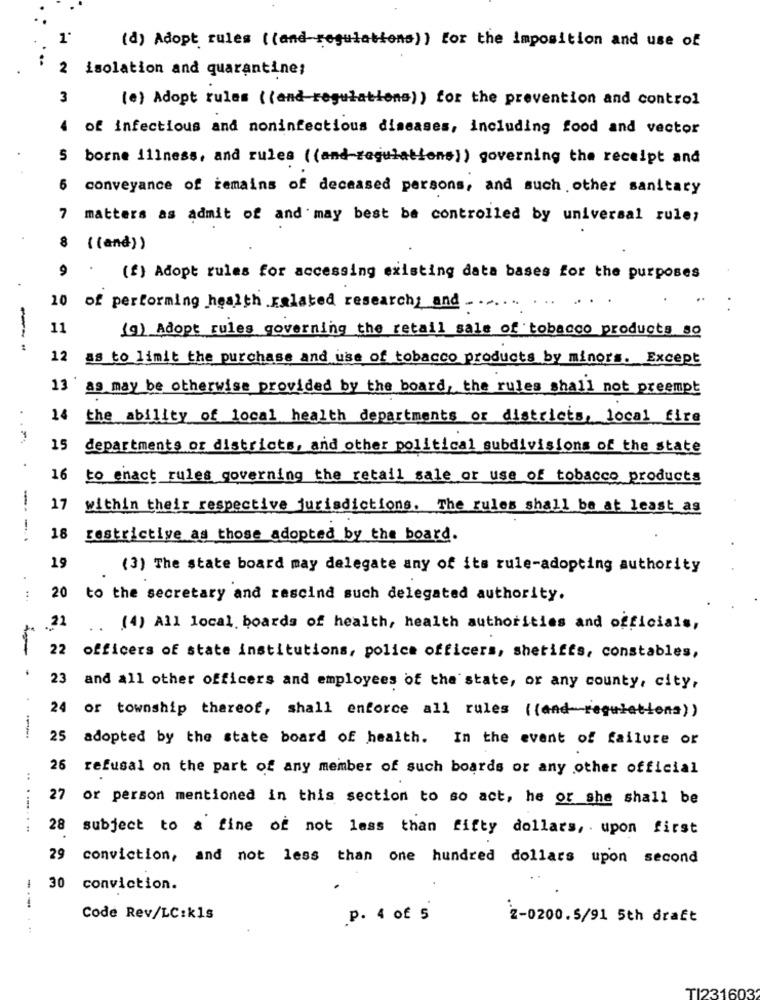
1'
(d) Adopt rules ((and-regulations)) for the imposition and use of
2
isolation and quarantine;
3
(e) Adopt rules ((and regulations)) for the prevention and control
of infectious and noninfectious diseases, including food and vector
5 borne illness, and rules ( (and regulations) ) governing the receipt and
6
conveyance of remains of deceased persons, and such other sanitary
7 matters as admit of and may best be controlled by universal rule;
$ ((and))
(f) Adopt rules for accessing existing data bases for the purposes
10 of performing health related research and
11
(9) Adopt rules governing the retail sale of tobacco products so
12
as to limit the purchase and use of tobacco products by minors. Except
1] as may be otherwise provided by the board, the rules shall not preempt
14 the ability of local health departments or districts, local fire
15 departments or districts, and other political subdivisions of the state
16
to enact rules governing the retail sale or use of tobacco products
17
within their respective jurisdictions. The rules shall be at least as
-.. .
18
restrictive as those adopted by the board.
19
(3) The state board may delegate any of its rule-adopting authority
.
20 to the secretary and rescind such delegated authority.
.22
.. (4) All local. boards of health, health authorities and officials,
22 officers of state institutions, police officers, shetifes, constables,
23 and all other officers and employees of the state, or any county, city,
24 or township thereof, shall enforce all rules ((and- regulations))
-..-
25 adopted by the state board of health. In the event of failure or
26 refusal on the part of any member of such boards or any other official
27 or person mentioned in this section to so act, he or she shall be
.........
28 subject to a fine of not less than fifty dollars, . upon first
29 conviction, and not less than one hundred dollars upon second
0 conviction.
---
Code Rev/LC:kls
.P. 4 of 5
2-0200.5/91 5th draft
TI231603